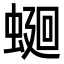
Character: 𧍚